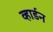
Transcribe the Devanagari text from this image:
व्हार्डन